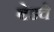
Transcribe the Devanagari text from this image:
बेडचे